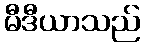
မီဒီယာသည်